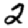
Digit: 2